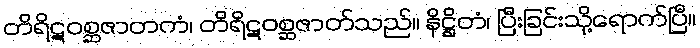
တိရိဋဝစ္ဆဇာတကံ၊ တိရိဋဝစ္ဆဇာတ်သည်။ နိဋ္ဌိတံ၊ ပြီးခြင်းသို့ရောက်ပြီ။